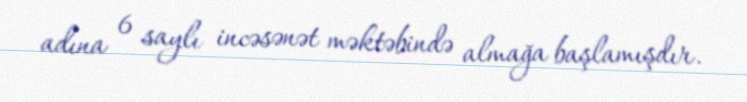
adına 6 saylı incəsənət məktəbində almağa başlamışdır.